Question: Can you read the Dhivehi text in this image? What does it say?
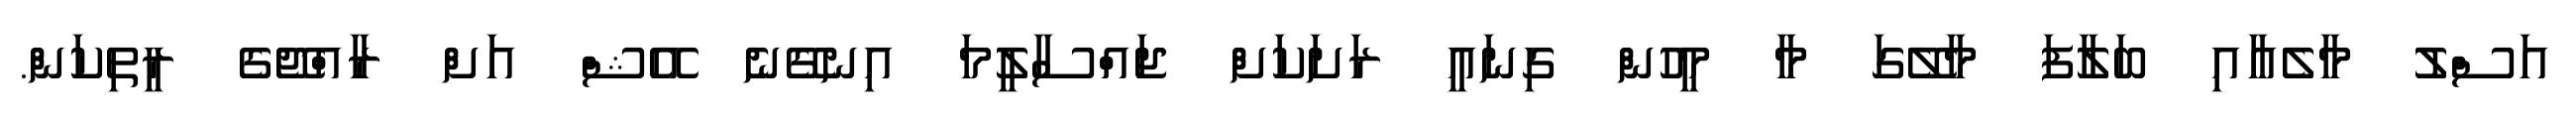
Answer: އަސްލު މާލެއާއި ބަލާފަ މާލޭގަ މާ މީހުން ގިނައީ ރަށަކަށް ޖައްސާލީމަ އިނގޭނެ އޭޝް އަށް ރާއްޖޭގެ ރީތިކަން.